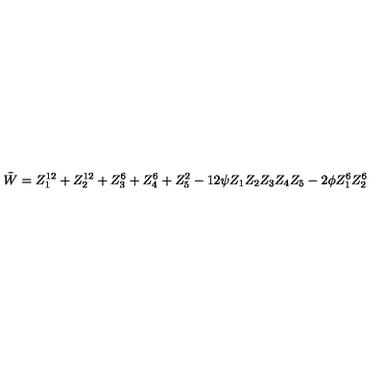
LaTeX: { \tilde { W } } = Z _ { 1 } ^ { 1 2 } + Z _ { 2 } ^ { 1 2 } + Z _ { 3 } ^ { 6 } + Z _ { 4 } ^ { 6 } + Z _ { 5 } ^ { 2 } - 1 2 \psi Z _ { 1 } Z _ { 2 } Z _ { 3 } Z _ { 4 } Z _ { 5 } - 2 \phi Z _ { 1 } ^ { 6 } Z _ { 2 } ^ { 6 }